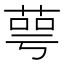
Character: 萼